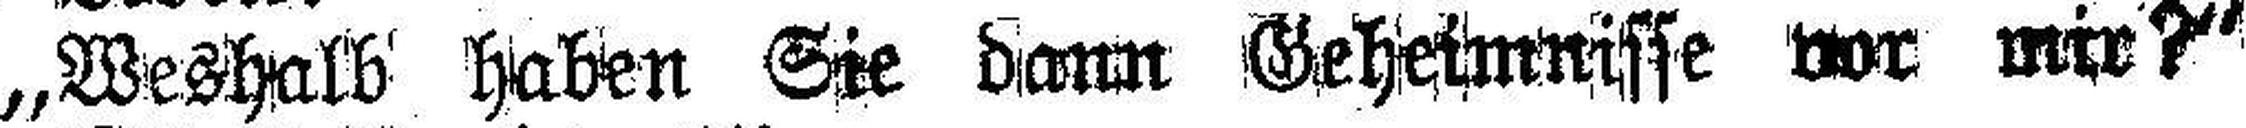
„Weshalb haben Sie dann Geheimnisse vor mir?“